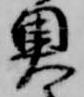
奥